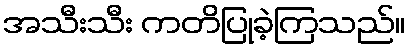
အသီးသီး ကတိပြုခဲ့ကြသည်။